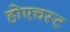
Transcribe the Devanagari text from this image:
होएचस्ट